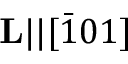
\mathbf { L } | | [ \bar { 1 } 0 1 ]